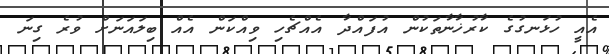
އެއީ ހުޅަނގުގެ ކާރުޚާނާތަކުން އުފައްދާ އެއްޗެހި ވިއްކަން އެއް ބިލައަނަށް ވުރެ ގިނަ